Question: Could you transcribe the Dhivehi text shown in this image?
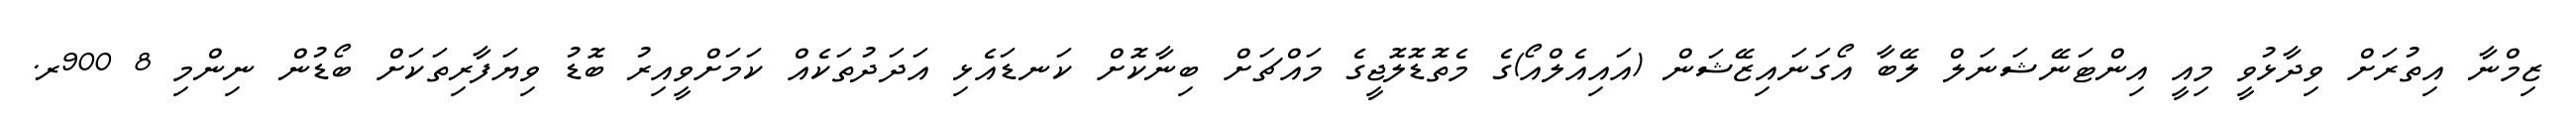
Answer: ޒިމްނާ އިތުރަށް ވިދާޅުވީ މިއީ އިންޓަނޭޝަނަލް ލޭބާ އޯގަނައިޒޭޝަން (އައިއެލްއޯ)ގެ މެތޮޑޮލޮޖީގެ މައްޗަށް ބިނާކޮށް ކަނޑައެޅި އަދަދުތަކެއް ކަމަށްވީއިރު ބޮޑު ވިޔަފާރިތަކަށް ބޯޑުން ނިންމި 8 900ރ.